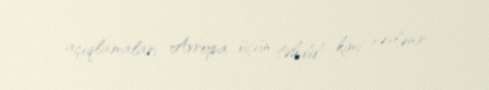
açıqlamaları Avropa üçün təhdid kimi səslənir.